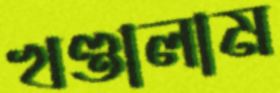
খণ্ডালাম